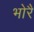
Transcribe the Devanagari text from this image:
भोरै